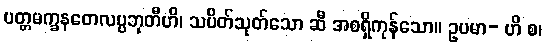
ပတ္တမက္ခနတေလပ္ပဘုတီဟိ၊ သပိတ်သုတ်သော ဆီ အစရှိကုန်သော။ ဥပမာ- ဟိ စ၊